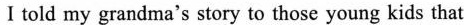
I told my grandma's story to those young kids that